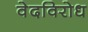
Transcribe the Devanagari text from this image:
वेदविरोध